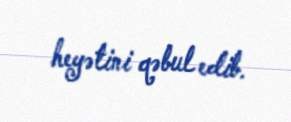
heyətini qəbul edib.